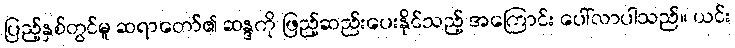
ပြည့်နှစ်တွင်မူ ဆရာတော်၏ ဆန္ဒကို ဖြည့်ဆည်းပေးနိုင်သည့် အကြောင်း ပေါ်လာပါသည်။ ယင်း